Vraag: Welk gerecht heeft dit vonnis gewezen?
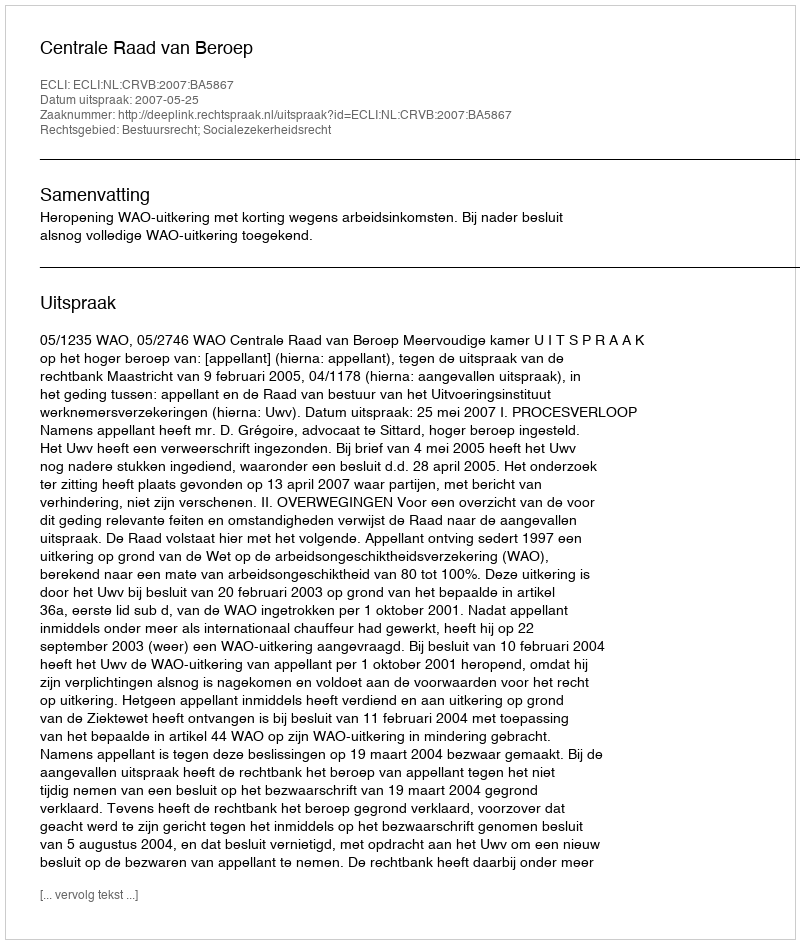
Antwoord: Centrale Raad van Beroep